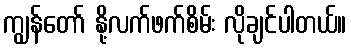
ကျွန်တော် နို့လက်ဖက်စိမ်း လိုချင်ပါတယ်။